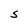
Character: S